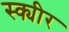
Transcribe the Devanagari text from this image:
स्क्यीर